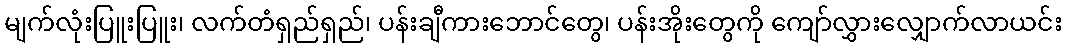
မျက်လုံးပြူးပြူး၊ လက်တံရှည်ရှည်၊ ပန်းချီကားဘောင်တွေ၊ ပန်းအိုးတွေကို ကျော်လွှားလျှောက်လာယင်း